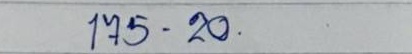
175 - 20